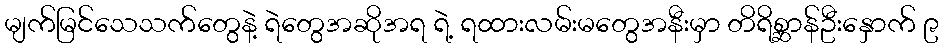
မျက်မြင်သေသက်တွေနဲ့ ရဲတွေအဆိုအရ ရဲ့ ရထားလမ်းမတွေအနီးမှာ တိရိစ္ဆာန်ဦးနှောက် ၉